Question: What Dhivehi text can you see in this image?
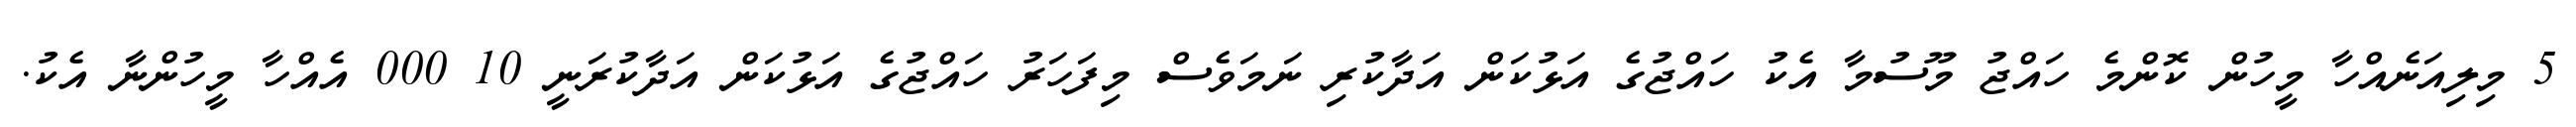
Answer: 5 މިލިއަނެއްހާ މީހުން ކޮންމެ ހައްޖު މޫސުމާ އެކު ހައްޖުގެ އަޅުކަން އަދާކުރި ނަމަވެސް މިފަހަރު ހައްޖުގެ އަޅުކަން އަދާކުރަނީ 10 000 އެއްހާ މީހުންނާ އެކު.